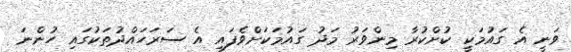
ވަނީ އެ ގައުމަކީ ކުށްކުރާ މިންވަރު މަދު ގައުމަކަށްވެފައި އެ ސަރަހައްދުތަކުގައި ހުންނަ